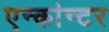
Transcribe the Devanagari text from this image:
एन्कांन्टर